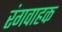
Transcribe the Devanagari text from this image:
रंगवाहक